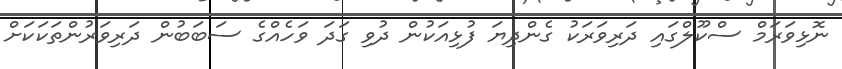
ނޮޅިވަރަމް ސްކޫލްގައި ދަރިވަރަކު ގެންދިޔަ ފުޅިއަކުން ދުވި ގަދަ ވަހެއްގެ ސަބަބުން ދަރިވަރުންތަކަކަށް